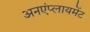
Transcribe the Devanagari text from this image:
अनएंप्लायमेंट